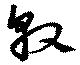
敦